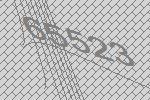
65523